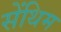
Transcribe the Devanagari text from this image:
सेंथिम